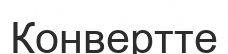
Конвертте